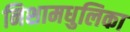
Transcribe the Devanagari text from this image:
निशामधुलिका